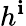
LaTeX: h^{\mathbf{i}}